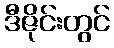
ဒီဇိုင်းတွင်